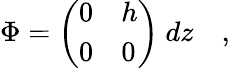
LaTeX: \Phi=\left(\begin{array}{ll}{{0}}&{{h}}\\ {{0}}&{{0}}\end{array}\right)~dz\quad,